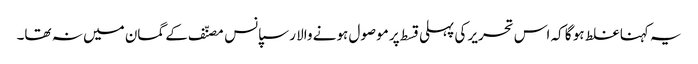
یہ کہنا غلط ہو گا کہ اس تحریر کی پہلی قسط پر موصول ہونے والا رسپانس مصنّف کے گمان میں نہ تھا۔